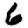
Digit: 6